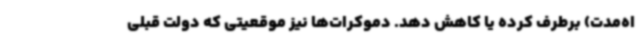
اه‌مدت) برطرف کرده یا کاهش دهد. دموکرات‌ها نیز موقعیتی که دولت قبلی